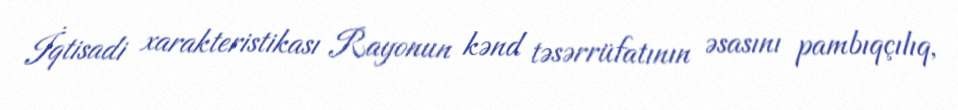
İqtisadi xarakteristikası Rayonun kənd təsərrüfatının əsasını pambıqçılıq,